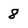
Character: 8